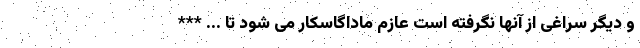
و دیگر سراغی از آنها نگرفته است عازم ماداگاسکار می شود تا ... ***